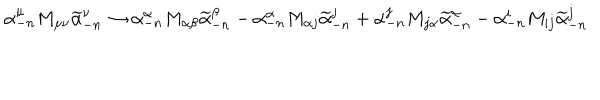
\alpha _ { - n } ^ { \mu } M _ { \mu \nu } \widetilde \alpha _ { - n } ^ { \nu } \rightarrow \alpha _ { - n } ^ { \alpha } M _ { \alpha \beta } \widetilde \alpha _ { - n } ^ { \beta } - \alpha _ { - n } ^ { \alpha } M _ { \alpha j } \widetilde \alpha _ { - n } ^ { j } + \alpha _ { - n } ^ { j } M _ { j \alpha } \widetilde \alpha _ { - n } ^ { \alpha } - \alpha _ { - n } ^ { i } M _ { i j } \widetilde \alpha _ { - n } ^ { j }